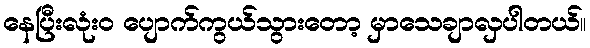
နေပြီးလုံးဝ ပျောက်ကွယ်သွားတော့ မှာသေချာလှပါတယ်။